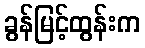
ခွန်မြင့်ထွန်းက